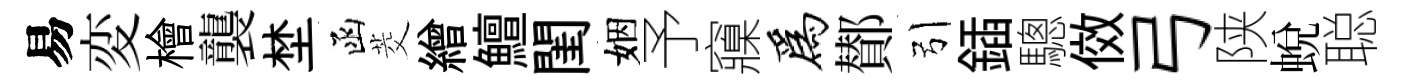
易変檜襲埜函茭繒鱣閨姻予䆿为鄼引鍤驄傚弓陕蛻聪